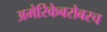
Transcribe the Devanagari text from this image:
अमेरिकेबरोबरच